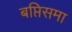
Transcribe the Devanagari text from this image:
बप्तिसमा